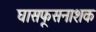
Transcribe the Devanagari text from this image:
घासफूसनाशक